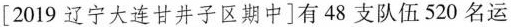
[2019辽宁大连甘井子区期中]有48支队伍520名运